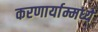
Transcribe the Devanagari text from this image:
करणार्याम्मध्ये